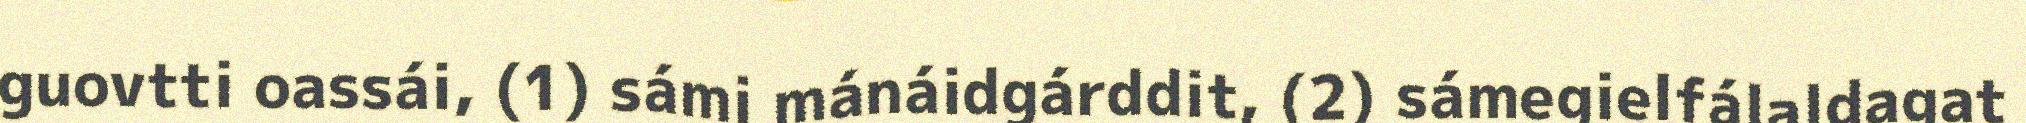
guovtti oassái, (1) sámi mánáidgárddit, (2) sámegielfálaldagat